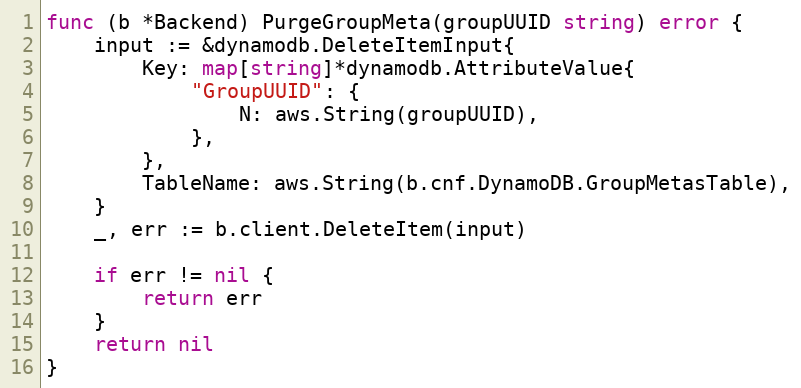
Language: Go
func (b *Backend) PurgeGroupMeta(groupUUID string) error {
	input := &dynamodb.DeleteItemInput{
		Key: map[string]*dynamodb.AttributeValue{
			"GroupUUID": {
				N: aws.String(groupUUID),
			},
		},
		TableName: aws.String(b.cnf.DynamoDB.GroupMetasTable),
	}
	_, err := b.client.DeleteItem(input)

	if err != nil {
		return err
	}
	return nil
}